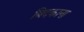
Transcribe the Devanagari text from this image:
बिदकाना